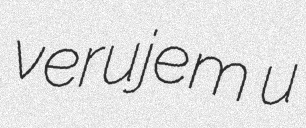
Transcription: verujem u